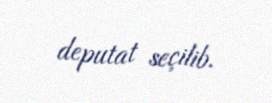
deputat seçilib.